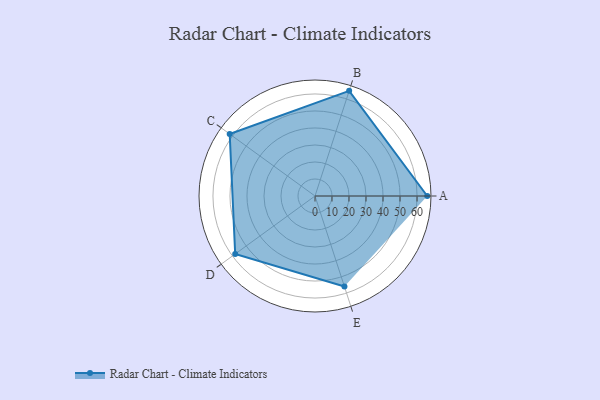
{"axis": {"x": "Skill", "y": "Score"}, "legend": ["Profile"], "data": [{"x": "A", "y": 66.0, "type": "Profile"}, {"x": "B", "y": 65.0, "type": "Profile"}, {"x": "C", "y": 62.0, "type": "Profile"}, {"x": "D", "y": 58.0, "type": "Profile"}, {"x": "E", "y": 56.0, "type": "Profile"}]}